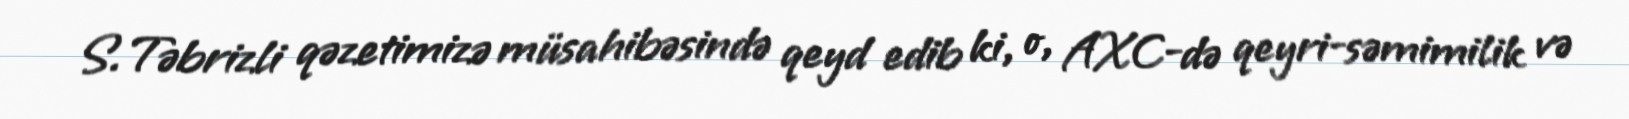
S.Təbrizli qəzetimizə müsahibəsində qeyd edib ki, o, AXC-də qeyri-səmimilik və